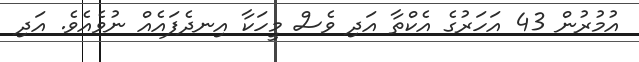
އުމުރުން 43 އަހަރުގެ އެކްތާ އަދި ވެސް މީހަކާ އިނދެފައެއް ނުވެއެވެ. އަދި